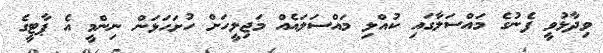
ވިދާޅުވީ ފެނުގެ މައްސަލާގައި ކުއްލި މައްސަލައެއް މަޖިލީހަށް ހުށަހަޅަން ނިންމީ އެ ޕާޓީގެ